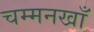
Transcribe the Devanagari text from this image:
चम्मनखाँ